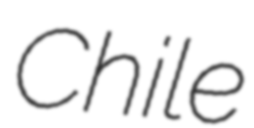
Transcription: Chile